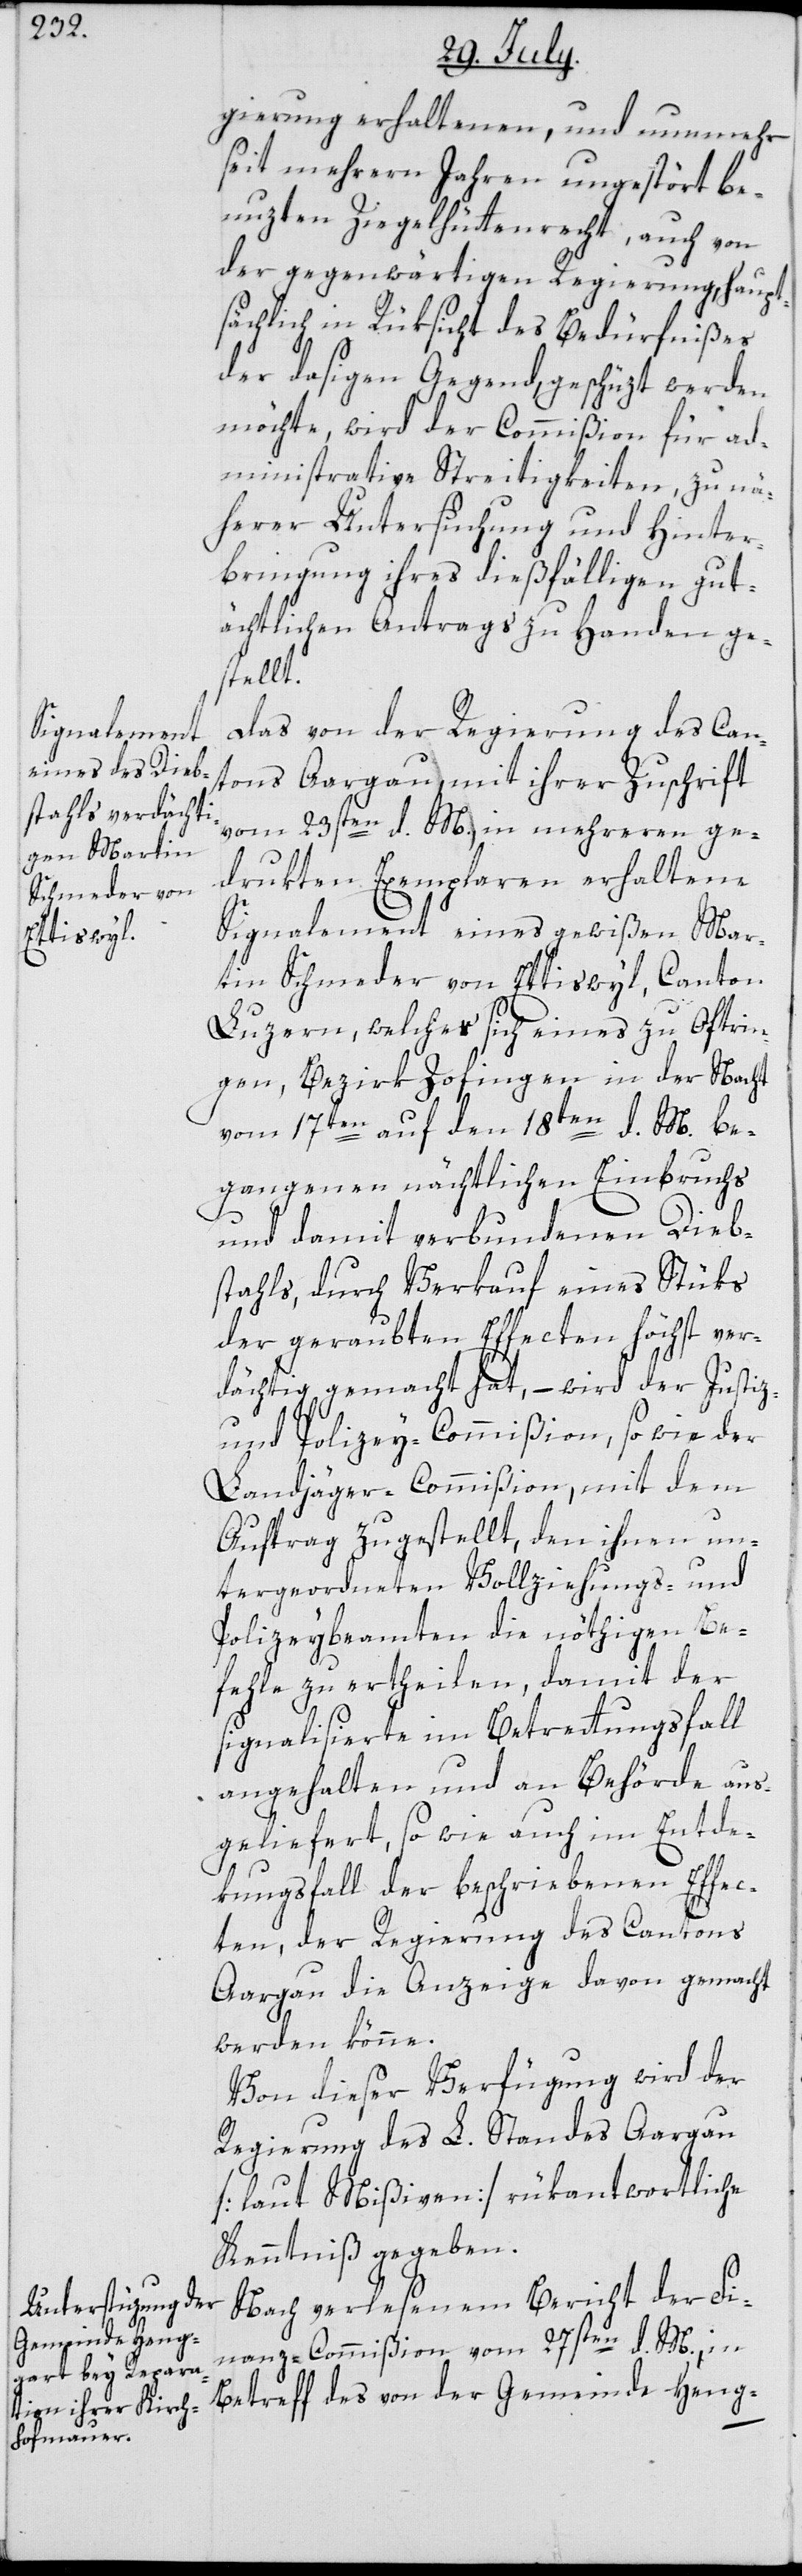
gierung erhaltenen, und nunmehr
seit mehrern Jahren ungestört be¬
nuzten Ziegelhüttenrecht, auch von
der gegenwärtigen Regierung, haupt¬
sächlich in Rüksicht des Bedürfnißes
der dasigen Gegend, geschüzt werden
möchte, wird der Commißion für ad¬
ministrative Streitigkeiten, zu nä¬
herer Untersuchung und Hinter¬
bringung ihres dießfälligen gut¬
ächtlichen Antrags zu Handen ge¬
stellt.
Das von der Regierung des Can¬
tons Aargau, mit ihrer Zuschrift
vom 23sten d. M., in mehreren ge¬
drukten Exemplaren erhaltene
Signalement eines gewißen Mar¬
tin Schmeder von Ettiswyl, Canton
Luzern, welches sich eines zu Oftrin¬
gen, Bezirk Zofingen, in der Nacht
vom 17ten auf den 18ten d. M. be¬
gangenen nächtlichen Einbruchs
und damit verbundenen Dieb¬
stahls, durch Verkauf eines Stüks
der geraubten Effecten höchst ver¬
dächtig gemacht hat, – wird der Justiz-
und Polizey-Commißion, sowie der
Landjäger-Commißion, mit dem
Auftrag zugestellt, den ihnen un¬
tergeordneten Vollziehungs- und
Polizeybeamten die nöthigen Be¬
fehle zu ertheilen, damit der
signalisierte im Betrettungsfall
angehalten und an Behörde aus¬
geliefert, so wie auch im Entde¬
kungsfall der beschrieben Effec¬
ten, der Regierung des Cantons
Aargau die Anzeige davon gemacht
werden könne.
Von dieser Verfügung wird der
Regierung des L. Standes Aargau
[laut Mißiven] rükantwortliche
Kenntniß gegeben.
Nach verlesenem Bericht der Fi¬
nanz-Commißion vom 27sten d. M., in
Betreff des von der Gemeinde Heng-